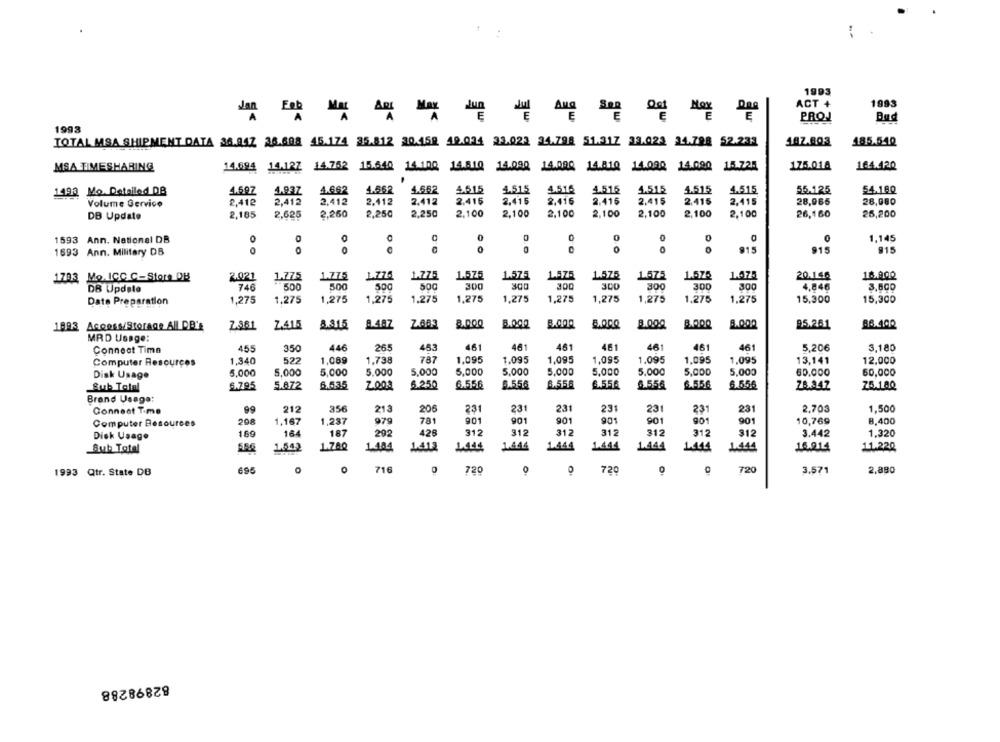
1993
ACT +
1993
Jun
Ana
Mox
E
PROJ
Bud
1993
107.803
185.540
TOTAL MSA SHIPMENT DATA 36.04Z 36.608 45.174 35.812 30.158 10.024 23.023 24.798 51.317 33.022 24.798 52.233
MSA TIMESHARING
14.694 14.122 14.752 15.640 14.100 14.810 14.090 14.090 14.810 14.090 14.000 15.725
175.018
164.120
1493 Mo. Detailed DB
4.697
1.937
4.662
4.562
4.682
4.615
4.515
4.516
4.516
4.515
4.515
4.515
55.125
54.180
2,412
2,412
2.112
2.412
2,415
2.416
2.416
2.416
2,415
2,415
2,415
28,965
28,080
Volume Service
2,412
DB Update
2,185
2,625
2,260
2,250
2,250
2,100
2,100
2,100
2,100
2,100
2,100
2.100
26,160
25,200
0
0
1,145
1593 Ann. National DB
0
1693 Ann. Military DB
0
915
915
915
1.776
1.775
1.575
1.575
1.AZ5
1.575
1.675
1.576
20.146
18.900
1703 Mo.ICC C-Store DB
2.021
1.775
DB Update
746
500
500
500
500
300
300
300
300
300
300
4,846
3.600
Date Preparation
1,275
1,275
1,275
1,275
1.275
1,275
1,275
1.275
1,275
1,275
1.275
1,275
15,300
15,300
1993 Access/Storage All DB's
2.381
Z.415
8.315 8.4AZ Z.683
8.000
8.000 8.000 5.000 8.000
8.000
95.261
MRD Usage:
455
350
446
265
453
461
461
461
461
461
461
461
5.206
3,180
Connect Time
Computer Resources
1.340
522
1,089
1,738
787
1.095
1.095
1.095
1,095
1.095
1,095
1.095
13,141
12,000
5,000
5.000
5,000
5.000
5,000
5,000
5.000
5,000
5,000
5.000
5,000
5,000
80.000
50,000
Disk Usage
6.795
5.872
6.535
6.250
6.556
6.55€
8.556
6.55A
6.556
6.556
6.556
75.18Q
Sub Total
Brand Usage:
99
212
356
213
206
231
231
231
231
231
231
231
2,703
1,500
Connect Time
Computer Resources
208
1,167
1,237
979
781
901
901
901
9.01
901
901
90
10,769
8,400
426
312
312
312
312
Disk Usage
169
164
187
292
312
312
312
3.442
1.320
1.700
1.484
1.444
1.444
1444
16.014
Sub Total
1.642
1.413
1.444
1.444
1.444
11.220
716
1993 Qtr. State DB
695
0
720
0
720
720
3.571
2,880
82898288